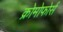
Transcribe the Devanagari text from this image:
क्रोमोफोर्स